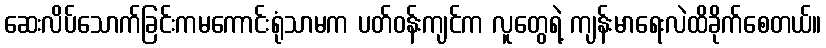
ဆေးလိပ်သောက်ခြင်းကမကောင်းရုံသာမက ပတ်ဝန်းကျင်က လူတွေရဲ့ ကျန်းမာရေးလဲထိခိုက်စေတယ်။